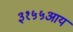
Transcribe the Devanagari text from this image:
३१५५आय